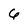
Character: 6